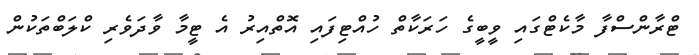
ޓްރާންސްފާ މާކެޓްގައި ވީބީގެ ހަރަކާތް ހުއްޓިފައި އޮތްއިރު އެ ޓީމާ ވާދަވެރި ކްލަބްތަކުން